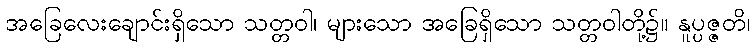
အခြေလေးချောင်းရှိသော သတ္တဝါ၊ များသော အခြေရှိသော သတ္တဝါတို့၌။ နူပ္ပဇ္ဇတိ၊